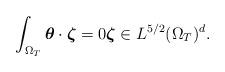
LaTeX: \begin{align*}\int_{\Omega_T} \boldsymbol{\theta}\cdot\boldsymbol{\zeta} = 0 \boldsymbol{\zeta}\in L^{5/2}(\Omega_T)^d. \end{align*}